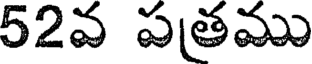
52వ పత్రము